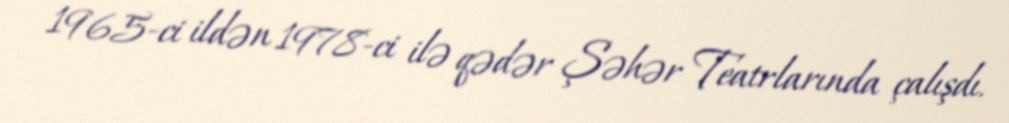
1965-ci ildən 1978-ci ilə qədər Şəhər Teatrlarında çalışdı.